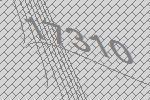
17310